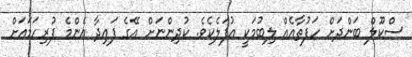
ސްކޫލް ބަންދަށް ހަފުތާއެއް ލިބުމަކީ އުފަލެކެވެ. ކުދިންނަށް އޭގެ ފައިދާ އެންމެ ފުރިހަމައަށް